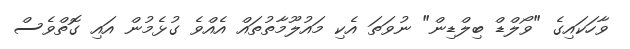
ވާހަކައިގެ "ވޯލްޑް ބިލްޑިން" ނުވަތަ އެކި މައުލޫމާތުތައް އެއްވެ ގުޅެމުން އައި ގޮތްވެސް